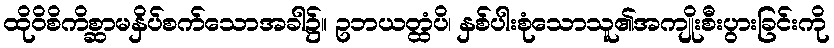
ထိုဝိစိကိစ္ဆာမနှိပ်စက်သောအခါ၌။ ဥဘယတ္ထံပိ၊ နှစ်ပါးစုံသောသူ၏အကျိုးစီးပွားခြင်းကို